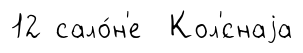
12 сало́н'е Кол'́снаjа